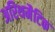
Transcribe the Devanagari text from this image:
अरिथमैटिक